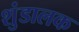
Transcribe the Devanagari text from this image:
शुंडालक